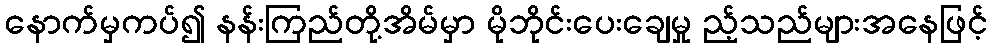
နောက်မှကပ်၍ နန်းကြည်တို့အိမ်မှာ မိုဘိုင်းပေးချေမှု ည့်သည်များအနေဖြင့်